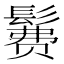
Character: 𱆄